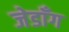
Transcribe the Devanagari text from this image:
जेडाँग